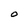
Character: 0